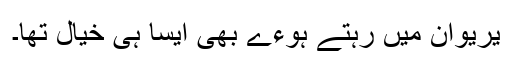
یریوان میں رہتے ہوءے بھی ایسا ہی خیال تھا۔